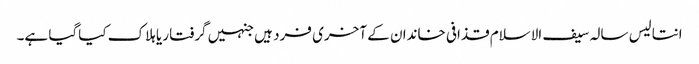
انتالیس سالہ سیف الاسلام قذافی خاندان کے آخری فرد ہیں جنہیں گرفتار یا ہلاک کیاگیا ہے۔